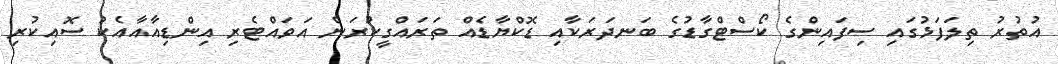
އުތުރު ތިލަފަޅުގައި ސިފައިންގެ ކޯސްޓްގާޑުގެ ބަނދަރަކާއި ޑޮކްޔާޑެއް ތަރައްގީކުރަން އަވައްޓެރި އިންޑިއާއާއެކު ސޮއިކުރި